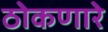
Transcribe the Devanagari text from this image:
ठोकणारे